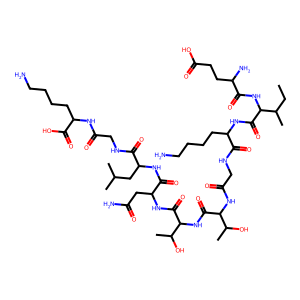
SMILES: CCC(C)C(NC(=O)C(N)CCC(=O)O)C(=O)NC(CCCCN)C(=O)NCC(=O)NC(C(=O)NC(C(=O)NC(CC(N)=O)C(=O)NC(CC(C)C)C(=O)NCC(=O)NC(CCCCN)C(=O)O)C(C)O)C(C)O
Inhibits HIV replication: No